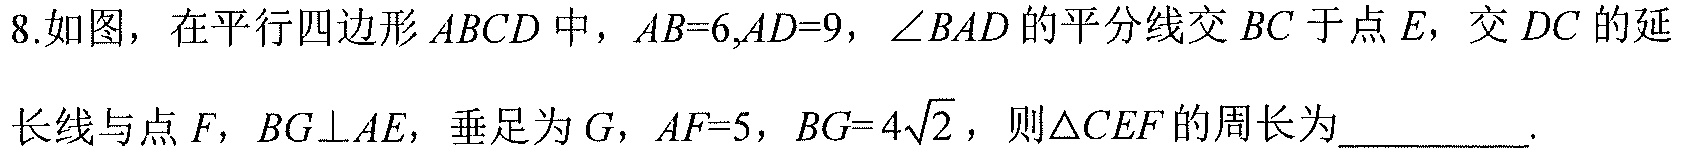
8.如图，在平行四边形\(ABCD\)中，\(AB = 6,AD = 9\)，\(\angle BAD\)的平分线交 \(BC\)于点 \(E\)，交 \(DC\)的延
长线与点 \(F\)，\(BG\perp AE\)，垂足为\(G\)，\(AF = 5\)，\(BG = 4\sqrt{2}\)，则\(\triangle CEF\)的周长为__________.